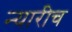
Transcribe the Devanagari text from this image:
न्यारीच